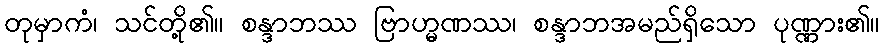
တုမှာကံ၊ သင်တို့၏။ စန္ဒာဘဿ ဗြာဟ္မဏဿ၊ စန္ဒာဘအမည်ရှိသော ပုဏ္ဏား၏။